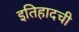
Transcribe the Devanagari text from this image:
इतिहादची